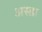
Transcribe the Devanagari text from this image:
अस्डा